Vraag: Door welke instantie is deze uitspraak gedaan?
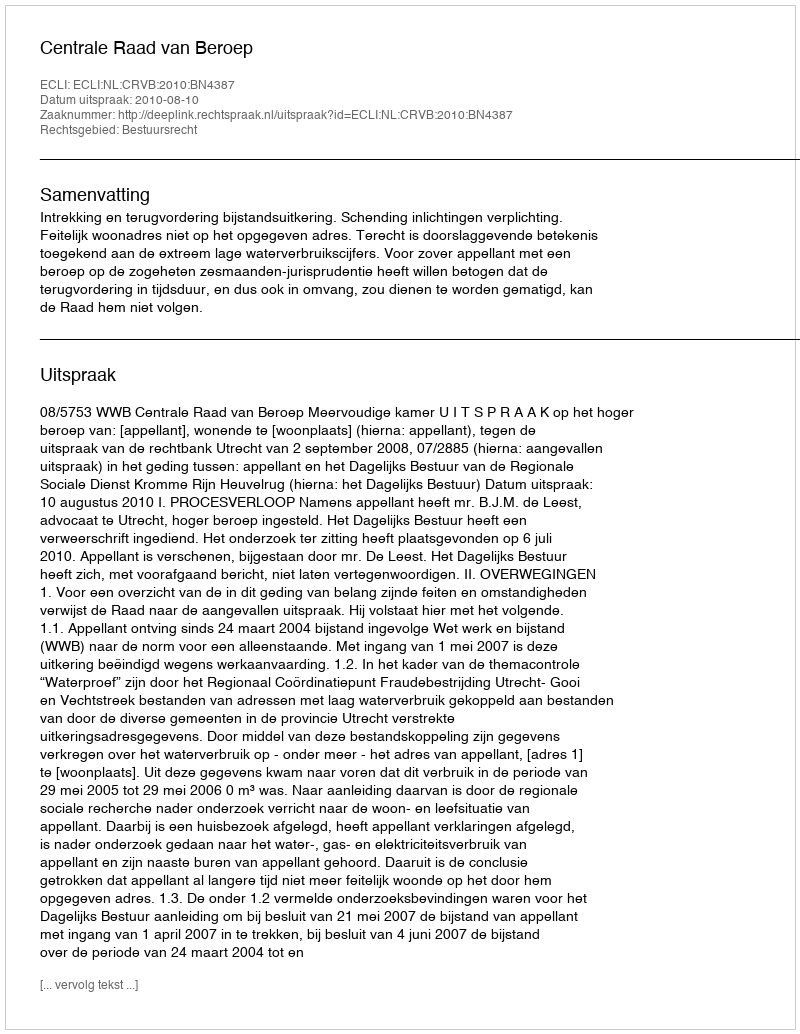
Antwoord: Centrale Raad van Beroep